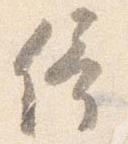
倚